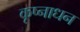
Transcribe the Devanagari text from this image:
कृष्नाधन